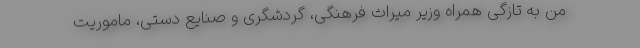
من به تازگی همراه وزیر میراث فرهنگی، گردشگری و صنایع دستی، ماموریت